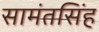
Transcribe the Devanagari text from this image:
सामंतसिंह